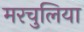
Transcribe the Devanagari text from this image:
मरचुलिया